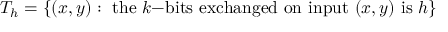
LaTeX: T _ { h } = \{ ( x , y ) : { \mathrm { ~ t h e ~ } } k { \mathrm { - b i t s ~ e x c h a n g e d ~ o n ~ i n p u t ~ } } ( x , y ) { \mathrm { ~ i s ~ } } h \}